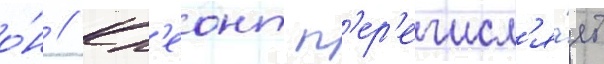
о́н // Кл'еонт п'ер'ечисл'я́ет